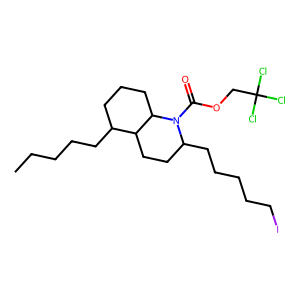
SMILES: CCCCCC1CCCC2C1CCC(CCCCCI)N2C(=O)OCC(Cl)(Cl)Cl
Inhibits HIV replication: No